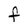
Character: f